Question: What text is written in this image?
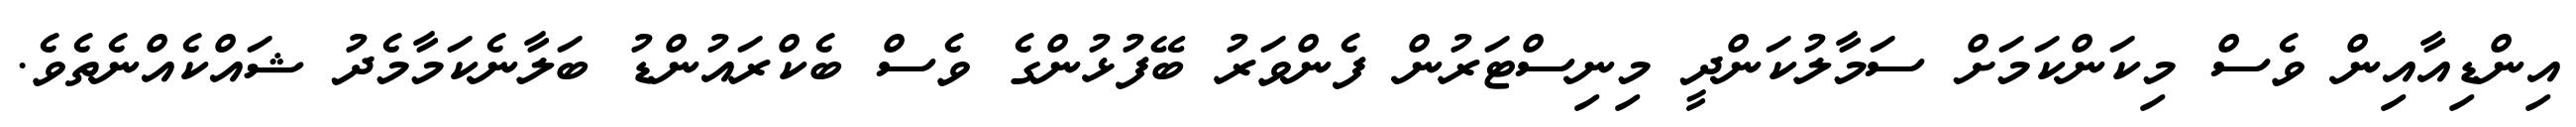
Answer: އިންޑިއާއިން ވެސް މިކަންކަމަށް ސަމާލުކަންދީ މިނިސްޓަރުން ފެންވަރު ބޭފުޅުންގެ ވެސް ބެކްރައުންޑު ބަލާނެކަމާމެދު ޝައްކެއްނެތެވެ.